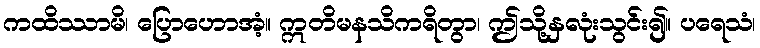
ကထိဿာမိ၊ ပြောဟောအံ့။ ဣတိမနသိကရိတွာ၊ ဤသို့နှလုံးသွင်း၍။ ပရေသံ၊